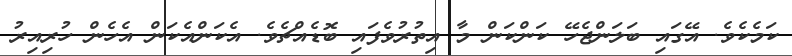
ކަމެކެވެ. އޭގައި ބަލަންޖެހޭ ކަންކަން މާ އިތުރުވެފައި ބޮޑެއްޗެވެ. އެކަންއެކަން އެހެން ހުރިއިރު